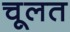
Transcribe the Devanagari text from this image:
चूलत